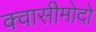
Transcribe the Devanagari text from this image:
क्वासीमोदो